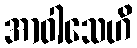
အာဝါသေဟိ